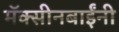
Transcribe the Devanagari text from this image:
मॅक्सीनबाईंनी